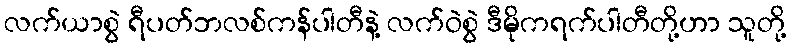
လက်ယာစွဲ ရီပတ်ဘလစ်ကန်ပါတီနဲ့ လက်ဝဲစွဲ ဒီမိုကရက်ပါတီတို့ဟာ သူတို့